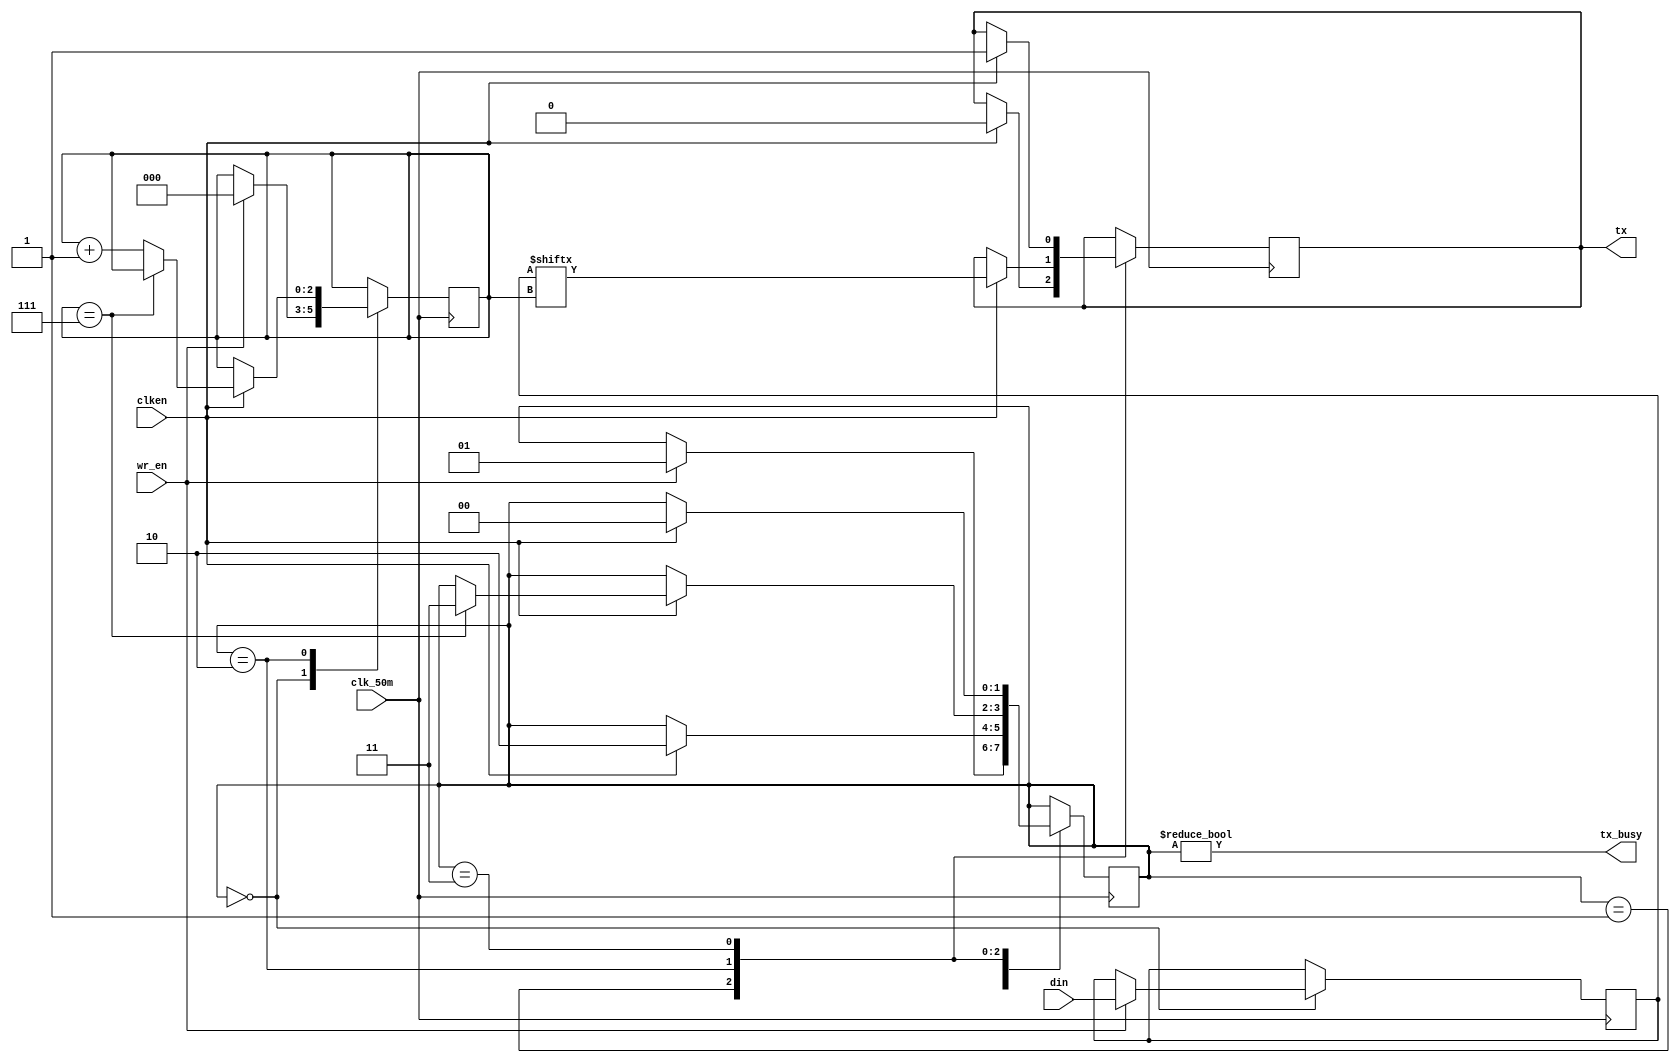
`timescale 1ns / 1ps
module transmitter(input wire [7:0] din,
		   input wire wr_en,
		   input wire clk_50m,
		   input wire clken,
		   output reg tx,
		   output wire tx_busy);

initial begin
	 tx = 1'b1;
end

parameter STATE_IDLE	= 2'b00;
parameter STATE_START	= 2'b01;
parameter STATE_DATA	= 2'b10;
parameter STATE_STOP	= 2'b11;

reg [7:0] data = 8'h00;
reg [2:0] bitpos = 3'h0;
reg [1:0] state = STATE_IDLE;

always @(posedge clk_50m) begin
	case (state)
	STATE_IDLE: begin
		if (wr_en) begin
			state <= STATE_START;
			data <= din;
			bitpos <= 3'h0;
		end
	end
	STATE_START: begin
		if (clken) begin
			tx <= 1'b0;
			state <= STATE_DATA;
		end
	end
	STATE_DATA: begin
		if (clken) begin
			if (bitpos == 3'h7)
				state <= STATE_STOP;
			else
				bitpos <= bitpos + 3'h1;
			tx <= data[bitpos];
		end
	end
	STATE_STOP: begin
		if (clken) begin
			tx <= 1'b1;
			state <= STATE_IDLE;
		end
	end
	default: begin
		tx <= 1'b1;
		state <= STATE_IDLE;
	end
	endcase
end

assign tx_busy = (state != STATE_IDLE);

endmodule